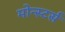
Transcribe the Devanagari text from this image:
मोन्स्टर्स